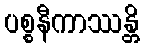
ပစ္စနီကာဿန္တိ